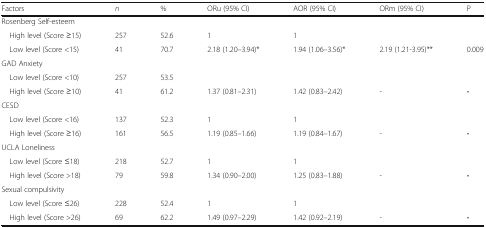
| Factors | n | % | ORu (95% CI) | AOR (95% CI) | ORm (95% CI) | P |
 | --- | --- | --- | --- | --- | --- | --- |
 | <COLSPAN=7> Rosenberg Self-esteem |
 | High level (Score ≥15) | 257 | 52.6 | 1 | 1 |  |  |
 | Low level (Score <15) | 41 | 70.7 | 2.18 (1.20–3.94)* | 1.94 (1.06–3.56)* | 2.19 (1.21-3.95)** | 0.009 |
 | <COLSPAN=7> GAD Anxiety |
 | Low level (Score <10) | 257 | 53.5 |  |  |  |  |
 | High level (Score ≥10) | 41 | 61.2 | 1.37 (0.81–2.31) | 1.42 (0.83–2.42) | - | - |
 | <COLSPAN=7> CESD |
 | Low level (Score <16) | 137 | 52.3 | 1 | 1 |  |  |
 | High level (Score ≥16) | 161 | 56.5 | 1.19 (0.85–1.66) | 1.19 (0.84–1.67) | - | - |
 | <COLSPAN=7> UCLA Loneliness |
 | Low level (Score ≤18) | 218 | 52.7 | 1 | 1 |  |  |
 | High level (Score >18) | 79 | 59.8 | 1.34 (0.90–2.00) | 1.25 (0.83–1.88) | - | - |
 | <COLSPAN=7> Sexual compulsivity |
 | Low level (Score ≤26) | 228 | 52.4 | 1 | 1 |  |  |
 | High level (Score >26) | 69 | 62.2 | 1.49 (0.97–2.29) | 1.42 (0.92–2.19) | - | - |